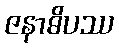
ဇနာဓိပဿ